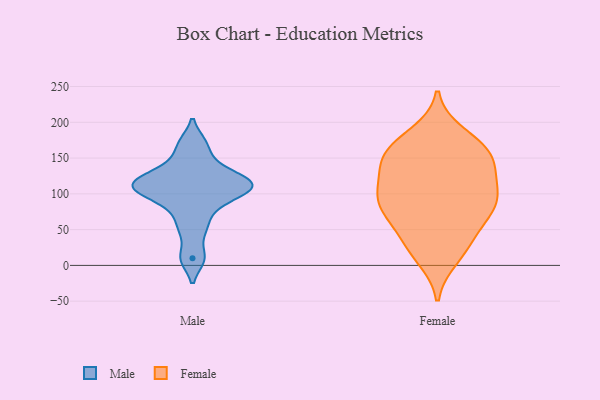
{"axis": {"x": "Conversion Rate (%)", "y": "Value"}, "legend": ["Female", "Male"], "data": [{"x": "", "y": 141, "type": "Male"}, {"x": "", "y": 117, "type": "Male"}, {"x": "", "y": 170, "type": "Male"}, {"x": "", "y": 115, "type": "Male"}, {"x": "", "y": 118, "type": "Male"}, {"x": "", "y": 83, "type": "Male"}, {"x": "", "y": 102, "type": "Male"}, {"x": "", "y": 106, "type": "Male"}, {"x": "", "y": 10, "type": "Male"}, {"x": "", "y": 53, "type": "Male"}, {"x": "", "y": 25, "type": "Female"}, {"x": "", "y": 129, "type": "Female"}, {"x": "", "y": 89, "type": "Female"}, {"x": "", "y": 109, "type": "Female"}, {"x": "", "y": 106, "type": "Female"}, {"x": "", "y": 75, "type": "Female"}, {"x": "", "y": 151, "type": "Female"}, {"x": "", "y": 77, "type": "Female"}, {"x": "", "y": 11, "type": "Female"}, {"x": "", "y": 46, "type": "Female"}, {"x": "", "y": 141, "type": "Female"}, {"x": "", "y": 171, "type": "Female"}, {"x": "", "y": 78, "type": "Female"}, {"x": "", "y": 149, "type": "Female"}, {"x": "", "y": 183, "type": "Female"}, {"x": "", "y": 82, "type": "Female"}, {"x": "", "y": 27, "type": "Female"}, {"x": "", "y": 102, "type": "Female"}, {"x": "", "y": 157, "type": "Female"}, {"x": "", "y": 163, "type": "Female"}]}